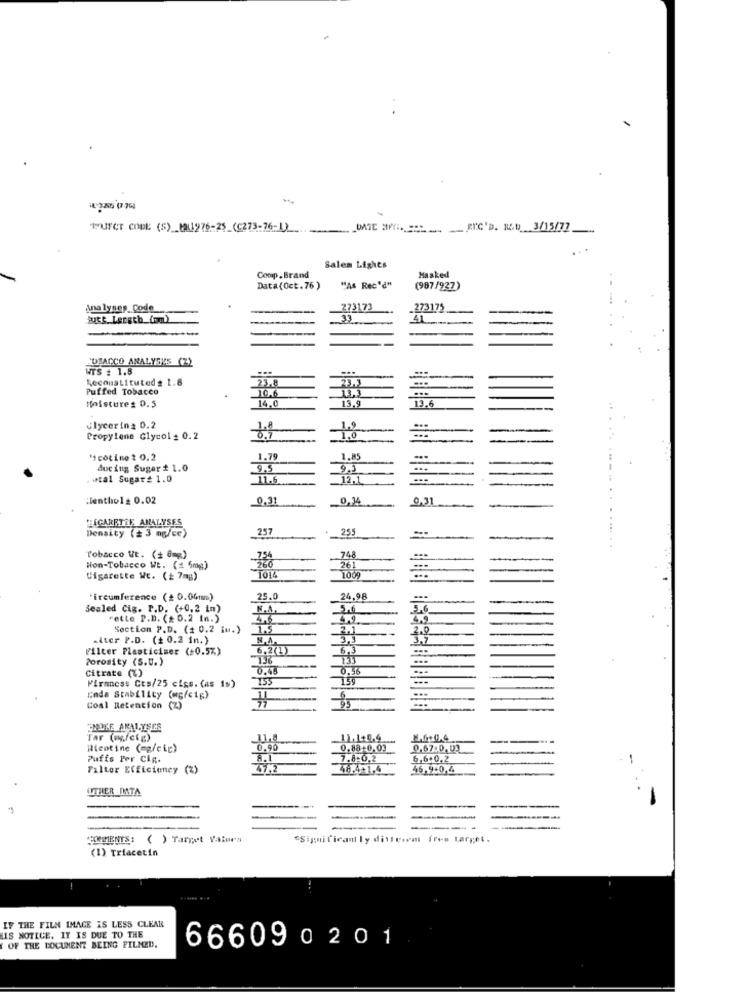
E325 (7-76)
"TUFCT CODE (S)_ML1976-25_(C273-76-1)
RIC'D. 1.0 3/15/77
Salen Lights
Comp. Brand
Masked
Data (Oct.76 )
"As Rec'd"
(987/927)
Analyses Code
273173
273175
33
POSACCO ANALYSYS (Z)
WTS : 1.8
Reconstituted # 1.8
Puffed Tobacco
14.0
13.6
Moistures 0.5
Glycerin2 0.2
---
Propylene Glycol = 0.2
Nicotine : 0.2
1.79
1.85
ducing Sugar # 1.0
9.5
9.5
atal Sugar£ 1.0
11.6
12.1
:Ientho1: 0.02
0,31
0.14
0,31
Density (+ 3 ng/cc)
BIGARRTIL ANALYSES
257
255
....... .
Tobacco Ut. (+ 8mg)
Non-Tobacco Wt. (1 5mg)
-260
Cigarette WE. (+ 7mg)
1014
'ircumference (+ 0.04mm)
25.0
24.98
Sealed Cig. P.D. (+0,2 in)
W.A.
5.0
.26
Fette P.D. ( 0.2 In.)
4.6
4,9
Section P.D. (1 0.2 iu.)
1.5
2.1
2.0
.iter P.D. (+ 0.2 in.)
N.A.
3,3
3,7
Filter Plasticiser (=0.5%)
6.2(1)
6.3
Porosity (S.U.)
Citrate (%)
Firmness Cts/25 cigs. (as 1s)
155
159
Ends Stability (mg/ctg)
95
Coal Retention (Z)
THOLE ANALYSES
Tar (ofetg)
11,8
11.1.4.4
8,6+0.4
illentine (eg/cip)
0.90
0.88-0,03
0.67.0.03
Puffs Per Cip.
7.8:0.2
6,6+0,2
-
Falter Efficiency (%)
47.2
48.4+1,4
46.940,4
OTHER DATA
----
COMMENTS: ( ) Target Values
Significant ly ditfeeem free target.
(1) Triacetin
IF THE FILM IMAGE IS LESS CLEAR
LIS NOTICE. IT IS DUE TO THE
OF THE DOCUMENT BEING FILMED.
666090201